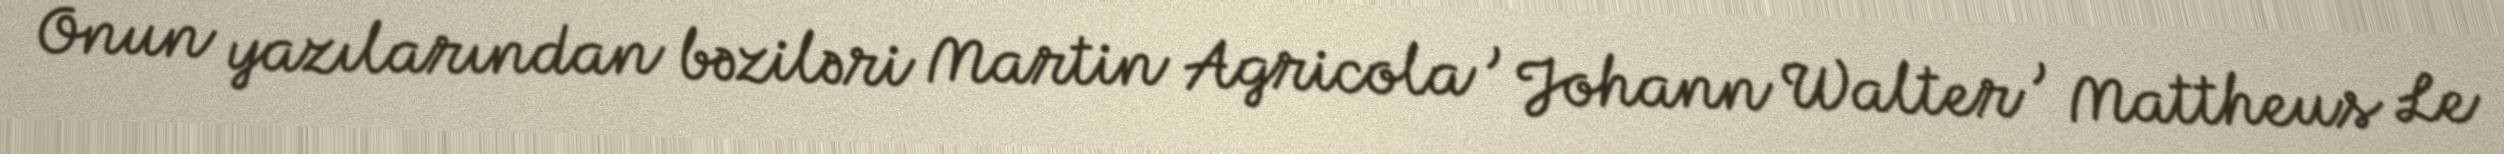
Onun yazılarından bəziləri Martin Agricola , Johann Walter , Mattheus Le